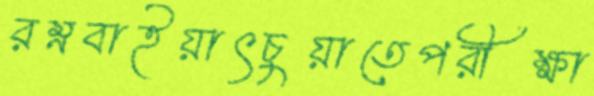
রম্নবাইয়াৎচুয়াতেপরীক্ষা